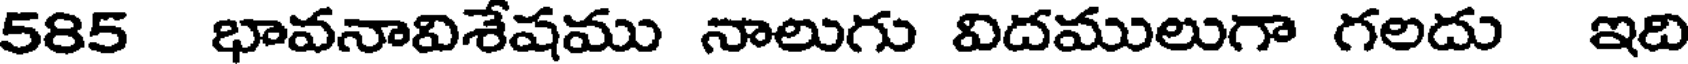
585 భావనావిశేషము నాలుగు విదములుగా గలదు ఇది